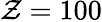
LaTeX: \mathcal{Z}=100